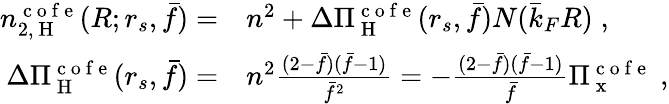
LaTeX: \begin{array}{rl}{n_{2,\mathrm{~H~}}^{\mathrm{~c~o~f~e~}}(R;r_{s},\bar{f})=}&{{}n^{2}+\Delta\Pi_{\mathrm{~H~}}^{\mathrm{~c~o~f~e~}}(r_{s},\bar{f})N(\bar{k}_{F}R)\; ,}\\ {\Delta\Pi_{\mathrm{~H~}}^{\mathrm{~c~o~f~e~}}(r_{s},\bar{f})=}&{{}n^{2}\frac{(2-\bar{f})(\bar{f}-1)}{\bar{f}^{2}}=-\frac{(2-\bar{f})(\bar{f}-1)}{\bar{f}}\Pi_{\mathrm{~x~}}^{\mathrm{~c~o~f~e~}}\; ,}\end{array}